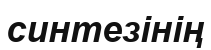
синтезінің